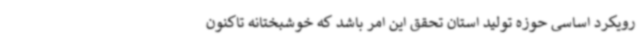
رویکرد اساسی حوزه تولید استان تحقق این امر باشد که خوشبختانه تاکنون